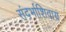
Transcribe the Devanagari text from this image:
संदर्भाशिवाय